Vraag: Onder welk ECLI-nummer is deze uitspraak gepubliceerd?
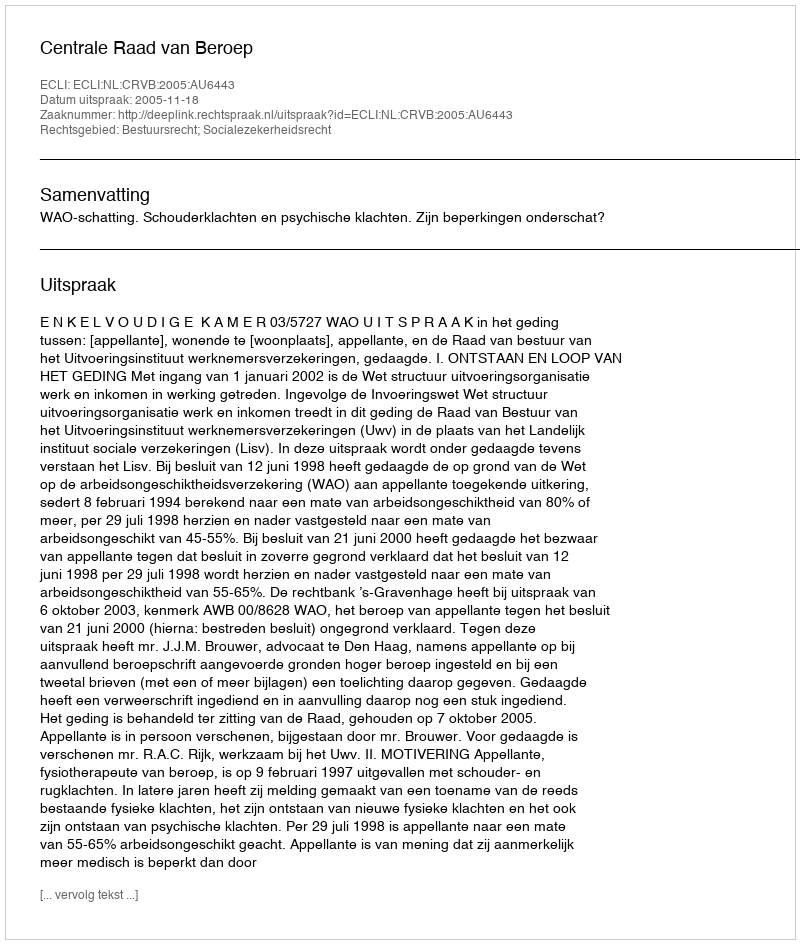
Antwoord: ECLI:NL:CRVB:2005:AU6443